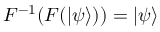
F ^ { - 1 } ( F ( | \psi \rangle ) ) = | \psi \rangle